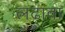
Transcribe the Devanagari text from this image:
लढावा